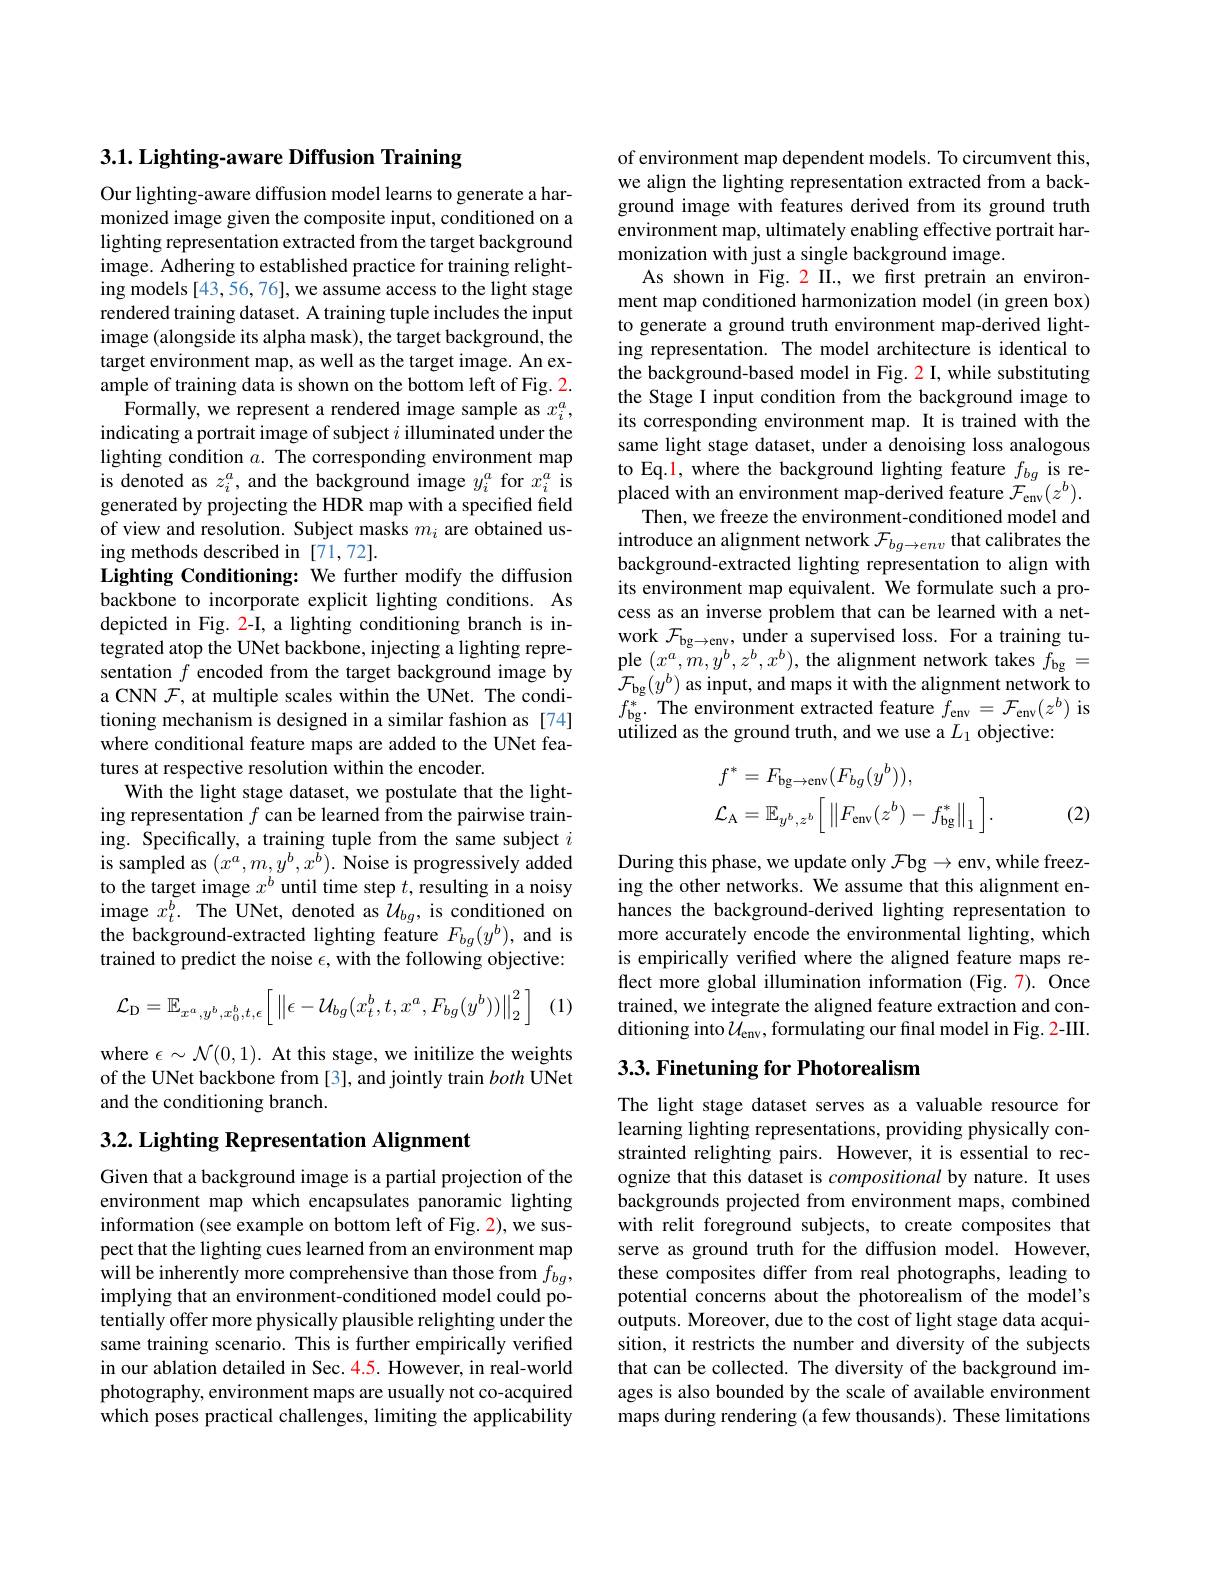
$3. 1. \textbf{ Lighting- aware Diffusion Training}$

Our lighting-aware diffusion model learns to generate a harmonized image given the composite input, conditioned on a lighting representation extracted from the target background image. Adhering to established practice for training relighting models [43, 56, 76], we assume access to the light stage rendered training dataset. A training tuple includes the input image (alongside its alpha mask), the target background, the target environment map, as well as the target image. An example of training data is shown on the bottom left of Fig. 2.
$\tilde{\text{Formally, we represent a rendered image sample as }x_{i}^{a}}$, indicating a portrait image of subject $i$ illuminated under the lighting condition $a.$ The corresponding environment map is denoted as $z_i^a$, and the background image $y_i^a$ for $x_i^a$ is generated by projecting the HDR map with a specified field of view and resolution. Subject masks $m_i$ are obtained using methods described in [71,72].
Lighting Conditioning: We further modify the diffusion backbone to incorporate explicit lighting conditions. As depicted in Fig. 2-I, a lighting conditioning branch is integrated atop the UNet backbone, injecting a lighting representation $f$ encoded from the target background image by a CNN $\mathcal{F}$, at multiple scales within the UNet. The conditioning mechanism is designed in a similar fashion as [74] where conditional feature maps are added to the UNet features at respective resolution within the encoder.
With the light stage dataset, we postulate that the lighting representation $f$ can be learned from the pairwise training. Specifically, a training tuple from the same subject $i$ is sampled as $(x^a,m,y^b,x^b).$ Noise is progressively added to the target image $x^b$ until time step $t$, resulting in a noisy image $x_t^{b}.$ The UNet, denoted as $\hat{\mathcal{U}}_{bg}$, is conditioned on the background-extracted lighting feature $F_bg(y^b)$, and is trained to predict the noise $\epsilon$, with the following objective:
(1)
$$\mathcal{L}_{\mathrm{D}}=\mathbb{E}_{x^{a},y^{b},x_{0}^{b},t,\epsilon}\Big[\left\|\epsilon-\mathcal{U}_{bg}(x_{t}^{b},t,x^{a},F_{bg}(y^{b}))\right\|_{2}^{2}\Big]$$
where $\epsilon\sim\mathcal{N}(0,1).$ At this stage, we initilize the weights of the UNet backbone from [3], and jointly train both UNet and the conditioning branch.

3.2. Lighting Representation Alignment

Given that a background image is a partial projection of the environment map which encapsulates panoramic lighting information (see example on bottom left of Fig. 2), we suspect that the lighting cues learned from an environment map will be inherently more comprehensive than those from $f_{bg}$, implying that an environment-conditioned model could potentially offer more physically plausible relighting under the same training scenario. This is further empirically verified in our ablation detailed in Sec. 4.5. However, in real-world photography, environment maps are usually not co-acquired which poses practical challenges, limiting the applicability

of environment map dependent models. To circumvent this, we align the lighting representation extracted from a background image with features derived from its ground truth environment map, ultimately enabling effective portrait harmonization with just a single background image.
As shown in Fig. 2 II., we frst pretrain an environment map conditioned harmonization model (in green box) to generate a ground truth environment map-derived lighting representation. The model architecture is identical to the background-based model in Fig. 2 I, while substituting the Stage I input condition from the background image to its corresponding environment map. It is trained with the same light stage dataset, under a denoising loss analogous to Eq.1, where the background lighting feature $f_{bg}$ is replaced with an environment map-derived feature $\mathcal{F}_\mathrm{env}(z^b).$
Then, we freeze the environment-conditioned model and introduce an alignment network $\mathcal{F}_bg\to env$ that calibrates the background-extracted lighting representation to align with its environment map equivalent. We formulate such a process as an inverse problem that can be learned with a network $\mathcal{F}_\mathrm{bg\to env,~under~a~supervised~loss.~For~a~training~tu-}$ ple $(x^a,m,y^b,z^b,x^b)$, the alignment network takes $f_\mathrm{bg}=$ $\mathcal{F}_{\mathrm{bg}}(y^{b})$ as input, and maps it with the alignment network to $f_{\mathrm{bg}}^{*}.$ The environment extracted feature $f_\mathrm{env}=\mathcal{F}_\mathrm{env}(z^{b})$ is utilized as the ground truth, and we use a $L_1$ objective:
$$\begin{aligned}&f^{*}=F_{\mathrm{bg}\to\mathrm{env}}(F_{bg}(y^{b})),\\&\mathcal{L}_{\mathrm{A}}=\mathbb{E}_{y^{b},z^{b}}\Big[\left\|F_{\mathrm{env}}(z^{b})-f_{\mathrm{bg}}^{*}\right\|_{1}\Big].\end{aligned}$$
(2)

During this phase, we update only $\mathcal{F}$bg$\to$env, while freezing the other networks. We assume that this alignment enhances the background-derived lighting representation to more accurately encode the environmental lighting, which is empirically verified where the aligned feature maps reflect more global illumination information (Fig.7). Once trained, we integrate the aligned feature extraction and conditioning into$\mathcal{U}_\mathrm{env}$,formulating our final model in Fig. 2-III.

## 3.3. Finetuning for Photorealism

The light stage dataset serves as a valuable resource for learning lighting representations, providing physically constrainted relighting pairs. However, it is essential to recognize that this dataset is compositional by nature. It uses backgrounds projected from environment maps, combined with relit foreground subjects, to create composites that serve as ground truth for the diffusion model. However, these composites differ from real photographs, leading to potential concerns about the photorealism of the model's outputs. Moreover, due to the cost of light stage data acquisition, it restricts the number and diversity of the subjects that can be collected. The diversity of the background images is also bounded by the scale of available environment maps during rendering (a few thousands). These limitations